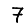
Digit: 7